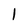
Character: l